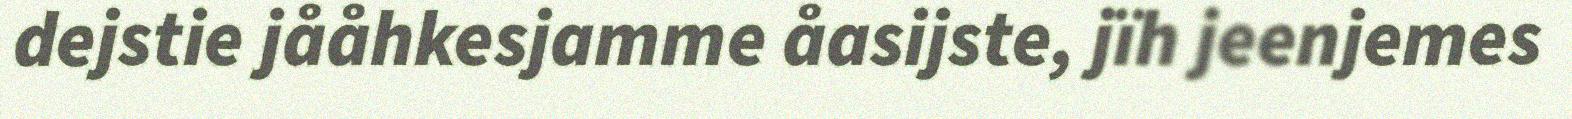
dejstie jååhkesjamme åasijste, jïh jeenjemes